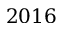
2 0 1 6